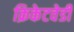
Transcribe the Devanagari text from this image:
क्रिकेटवेडी